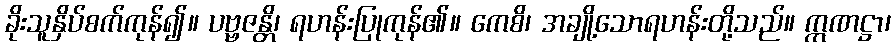
ခိုးသူနှိပ်စက်ကုန်၍။ ပဗ္ဗဇန္တိ၊ ရဟန်းပြုကုန်၏။ ကေစိ၊ အချို့သောရဟန်းတို့သည်။ ဣဏဋ္ဌာ၊